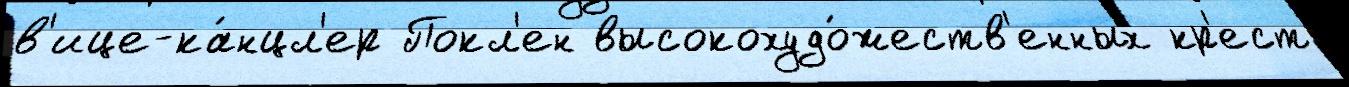
в'ице-ка́нцл'ер Покл'ен высокохудо́жеств'енных кр'ест